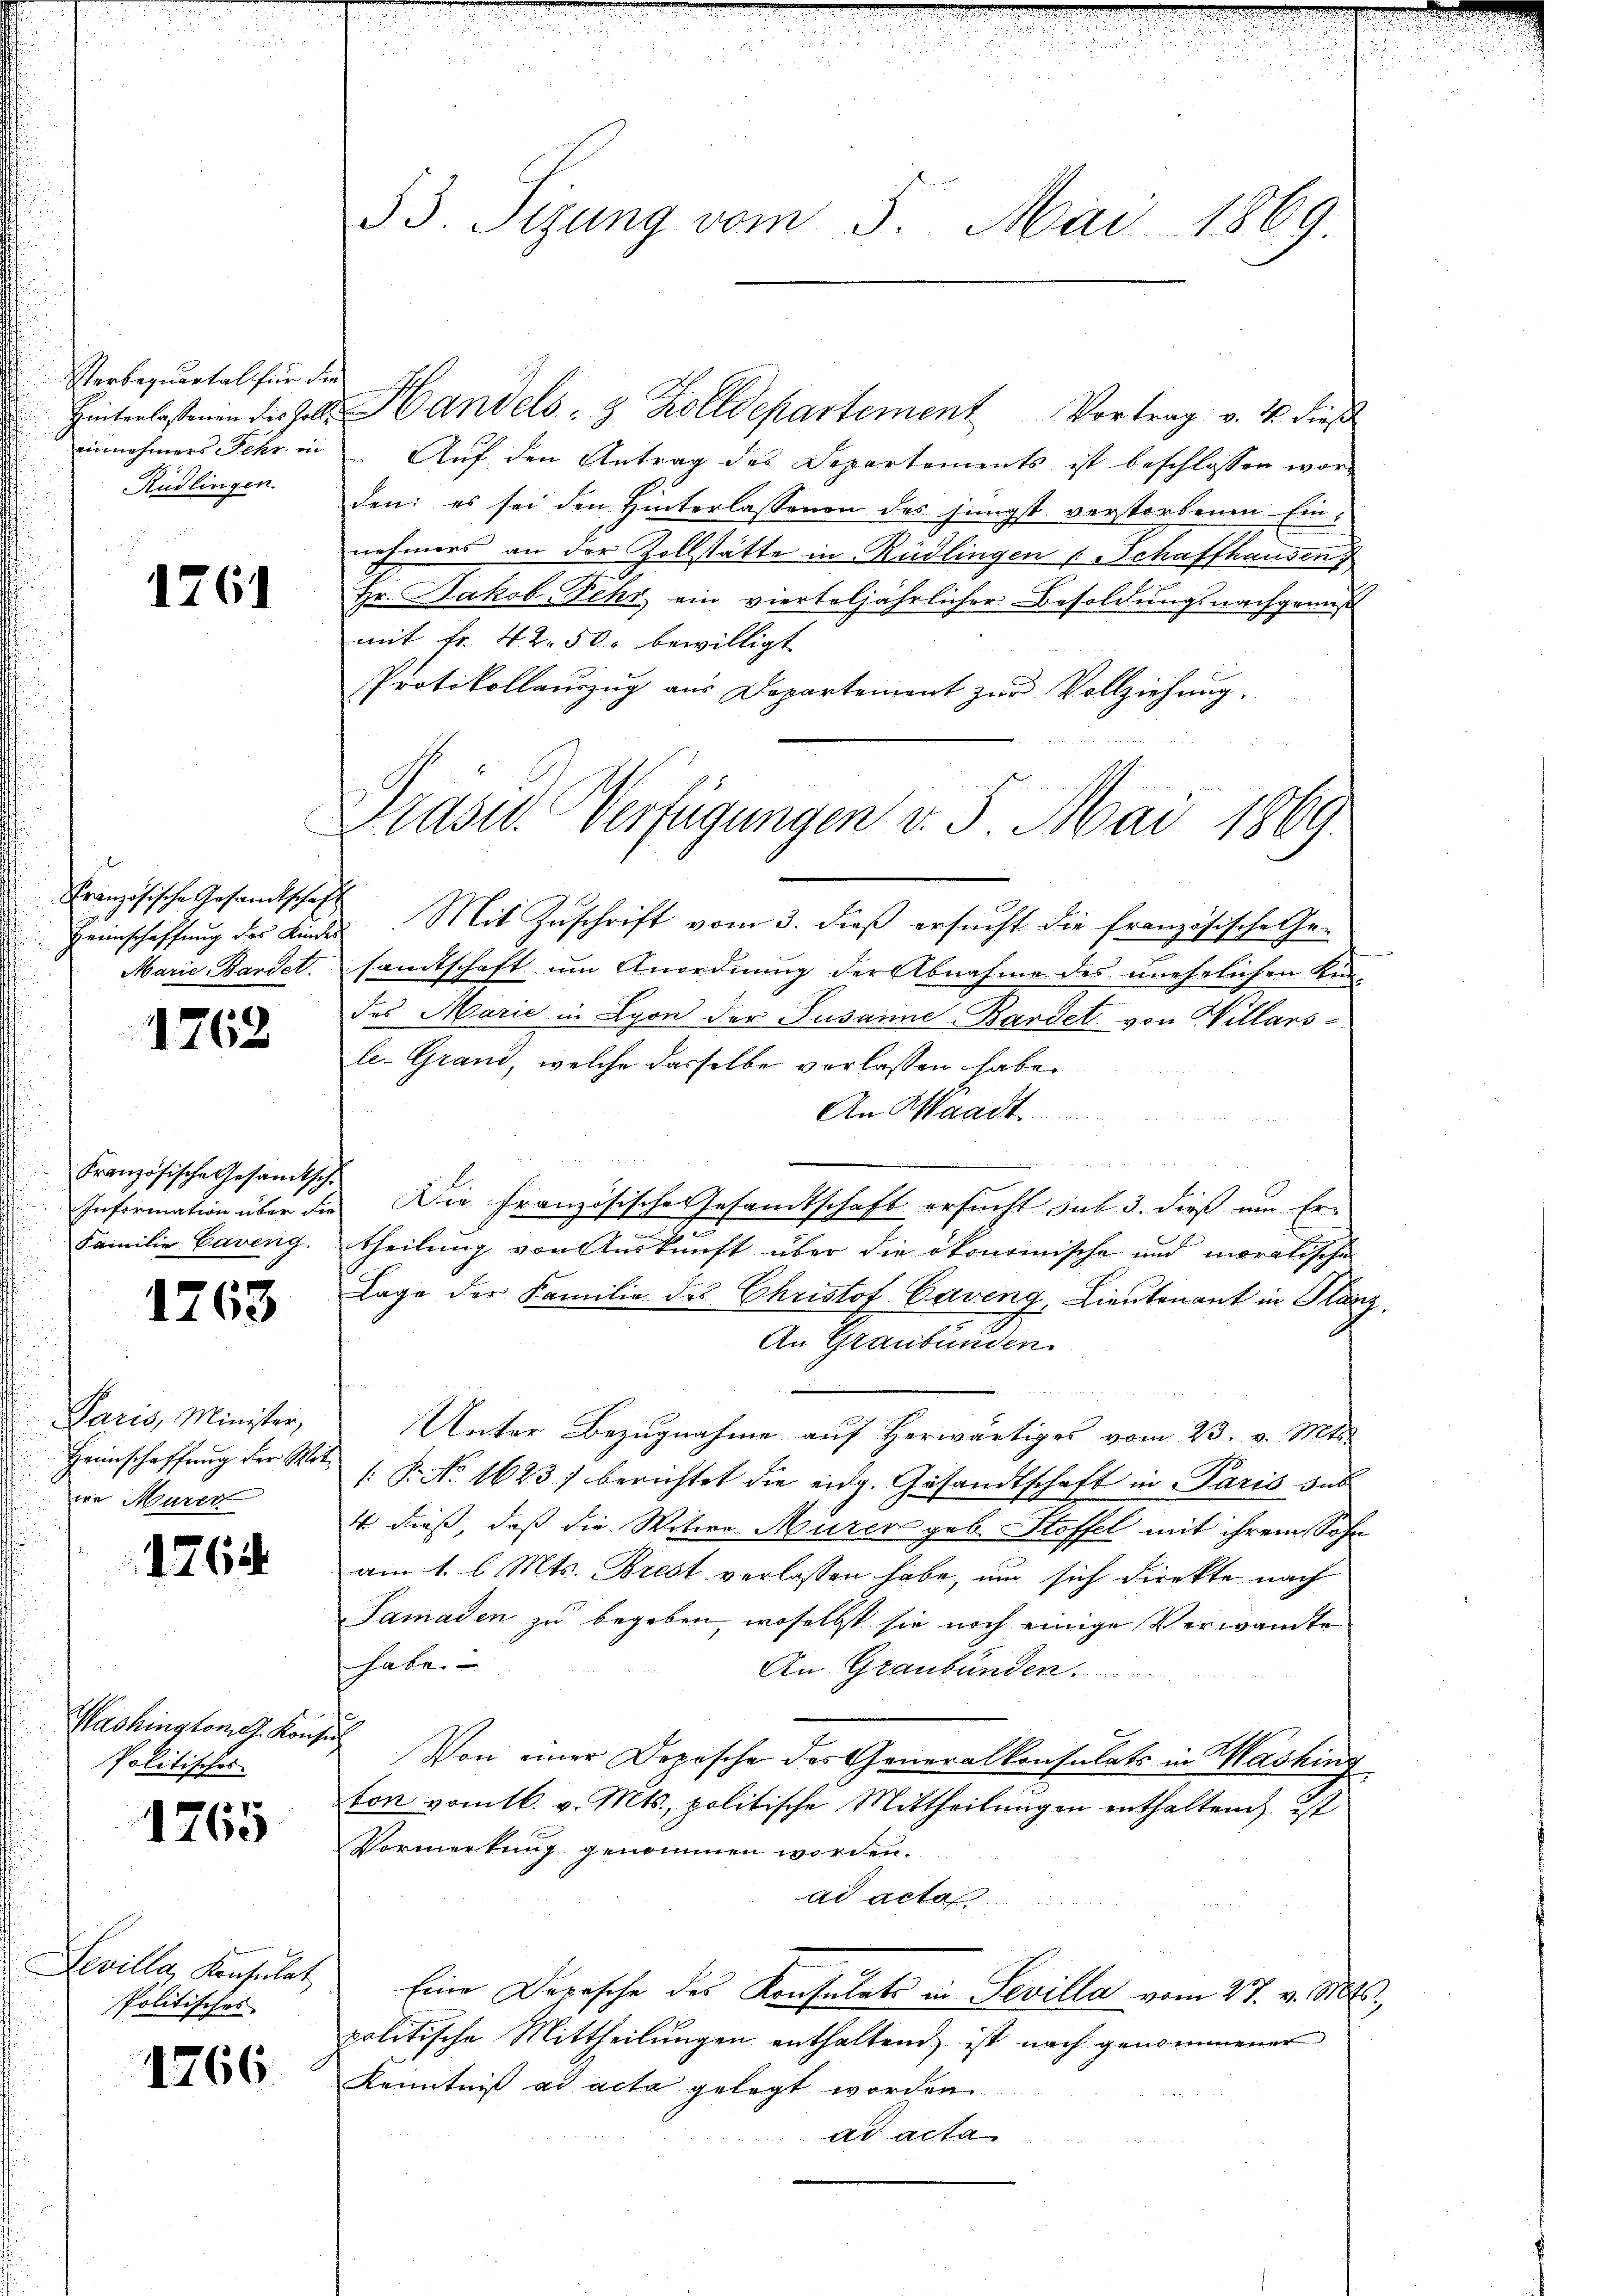
Sterbequartal für die
Hinterlassenen des Zolleinnehmers Fehr in
Rüdlingen

1761

Französische Gesandtschaft
Heeinschaffung des Kinder
Marie Bandet.

1762

Französische Gesandtsch.
Information über die
Familie Caveng.

1763

Paris, Minister,
Heimschaffung der Mit
we Marer

1764

Washington G. Konse
Politisches

1765

Leville Konsulat
Politisches

1766

53. Sizung vom 5. Mai 1869

Handels- & Zolldepartement Vortrag v. 4. dieß
Auf den Antrag des Departements ist beschlossen worden: es sei den Hinterlassenen des jüngst verstorbenen Ein
nehmers an der Kollstätte in Rüdlingen u. Schaffhausen
Hr. Jakob Fehr ein vierteljährlicher Besoldungsnachgemes
mit Fr. 42. 50. bewilligt
Protokollauszug aus Departement zur Vollziehung.
Mit Zuschrift vom 3. dieß ersucht die französische Ge-
samtschaft um Anordnung der Abnahme des unehelichen Be-
des Marie in Lyon der Susanne-Bandet von Willars-
le-Grand, welche dasselbe verlassen habe.
An Waadt

Die Französische Gesamtschaft ersucht sub. 3. dieß um Ertheilung von Auskunft über die ökonomische und moralischen
Lage der Familie des Christof Caveng, Lieutenant in Glanz
An Graubünden.
Unter Bezugnahme auf herwärtiges vom 23. v. Mts.
/: P. No 1623) berichtet die eidg. Gesandtschaft in Paris sub
4 dieß, daß die Witwe Mürer geb. Stoffel mit ihrem Sohn
am 1. l. Mts. Brest verlassen habe, um sich direkte nach
Samaden zu begeben, woselbst sie noch einige Verwandte
habe.
An Graubünden
Von einer Depesche des Generalkonsulats in Washins
ben vom 16. v. Mts., politische Mittheilungen enthaltend ist
Vormerkung genommen worden.
ad acto
Eine Depesche des Konsulats in Sevilla vom 27. v. Mts.,
politische Mittheilungen enthaltend, ist nach genommener
Kenntniß ad acta gelegt worden.
At acta

Präsid. Verfügungen v. 5. Mai 1869.